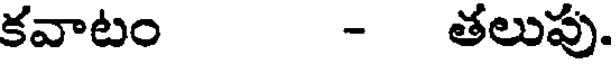
కవాటం - తలుపు.